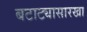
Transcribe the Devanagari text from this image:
बटाट्यासारखा